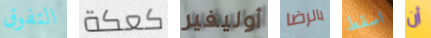
التفوق كعكة أوليفير بالرضا اسقط أن